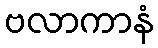
ဗလာကာနံ